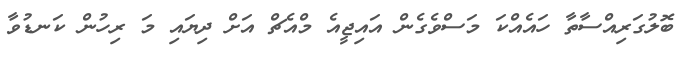
ބޮލުގަރިއްސާތާ ހައެއްކަ މަސްވެގެން އައިޖީއެ މްއެޗް އަށް ދިޔައި މަ ރިހުން ކަނޑުވާ